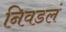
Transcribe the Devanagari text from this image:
निवडलं